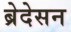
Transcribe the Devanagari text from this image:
ब्रेदेसन